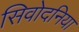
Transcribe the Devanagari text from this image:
सिवोदनिया